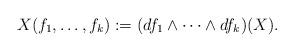
LaTeX: \begin{align*}X(f_1,\dots,f_k):=(df_1\wedge\cdots\wedge df_k)(X).\end{align*}